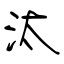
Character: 汰